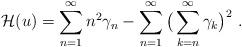
LaTeX: \begin{align*}\mathcal H(u)=\sum_{n=1}^\infty n^2\gamma_n-\sum_{n=1}^\infty \big(\sum_{k=n}^\infty \gamma_k \big)^2\ .\end{align*}